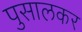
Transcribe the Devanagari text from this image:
पुसालकर